Civil Veterinary Department Bengal reports 1923-33 - 1923-1933
Year: 1923
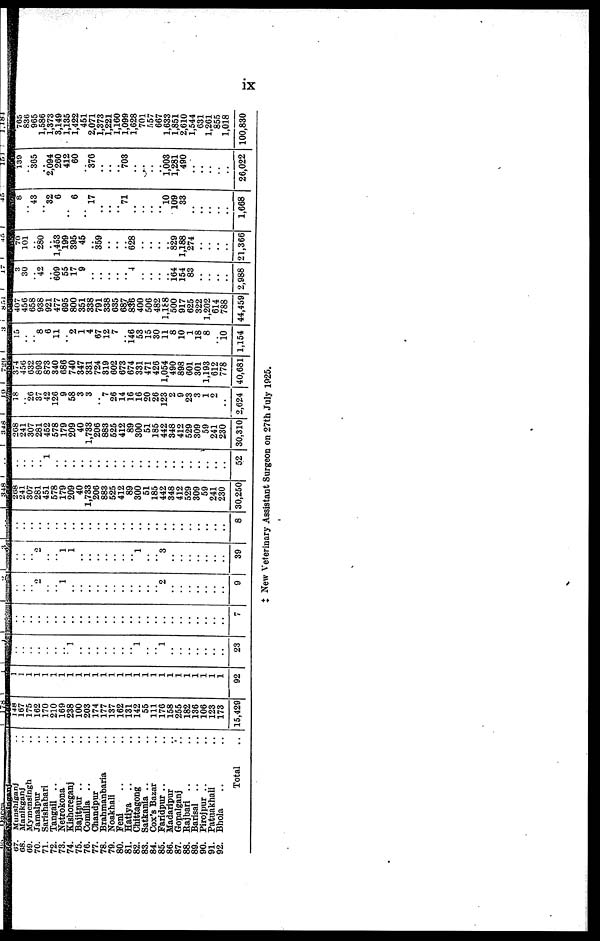
ix
67. Munshiganj ..
68. Manikganj ..
69. Mymensingh ..
70. Jamalpur ..
71. Sarishabari ..
72. Tangail .. ..
73. Netrokona ..
74. Kishoreganj ..
75. Bajitpur .. ..
76. Comilla .. ..
77. Chandpur ..
78. Brahmanbaria ..
79. Noakhali ..
80. Feni .. ..
81. Hatiya .. ..
82. Chittagong ..
83. Satkania .. ..
84. Cox's Bazar ..
85. Faridpur .. ..
86. Madaripur ..
87. Gopalganj ..
88. Rajbari .. ..
89. Barisal .. ..
90. Pirojpur .. ..
91. Patuakhali ..
92. Bhola .. ..
Total ..
148
167
175
162
170
210
169
238
100
203
174
177
137
162
131
142
55
111
176
158
255
182
136
106
123
173
15,429
1
1
1
1
1
1
1
1
1
1
1
1
1
1
1
1
1
1
1
1
1
1
1
1
1
1
92
..
..
..
..
..
..
.. 1
..
..
..
..
..
..
.. 1
..
.. 1
..
..
..
..
..
..
..
23
..
..
..
..
..
..
..
..
..
..
..
..
..
..
..
..
..
..
..
..
..
..
..
..
..
..
7
..
..
.. 2
..
.. 1
..
..
..
..
..
..
..
..
..
..
.. 2
..
..
..
..
..
..
..
9
..
..
.. 2
..
.. 1
1
..
..
..
..
..
..
.. 1
..
.. 3
..
..
..
..
..
..
..
39
..
..
..
..
..
..
..
..
..
..
..
..
..
..
..
..
..
..
..
..
..
..
..
..
..
..
8
208
241
307
281
451
578
179
209
40
1,733
206
883
525
412
89
300
51
185
442
348
412
529
309
59
241
230
30,250
..
..
..
.. 1
..
..
..
..
..
..
..
..
..
..
..
..
..
..
..
..
..
..
..
..
..
52
208
241
307
281
452
578
179
209
40
1,733
206
883
525
412
89
300
51
185
442
348
412
529
309
59
241
230
30,310
18
.. 26
37
42
126
9
58
3
3
.. 7
26
14
16
16
20
26
123
2
9
23
3
1
2
..
2,624
374
450
632
893
873
340
686
740
347
33.1
724
319
602
673
674
331
471
426
1,054
490
898
601
301
1,193
612
778
40,681
15
..
.. 8
6
11
.. 2
1
4
67
12
7
.. 146
53
15
30
11
8
10
1
18
8
.. 10
1,154
407
456
658
938
921
477
695
800
351
338
791
338
635
687
836
400
506
482
1,188
500
917
625
322
1,202
614
788
44,459
3
30
.. 42
.. 609
55
17
9
..
..
..
..
.. 4
..
..
..
.. 164
154
83
..
..
..
..
2,988
70
101
.. 280
.. 1,453
199
395
45
..
359
..
..
.. 628
..
..
..
.. 829
1,188
274
.. ..
..
..
21,366
8
.. 43
.. 32
6
..
6
.. 17
..
..
.. 71
..
..
..
.. 10
109
33
..
..
..
..
..
1,668
139
.. 365
.. 2,094
260
412
60
.. 376
..
..
.. 703
..
..
..
.. 1,003
1,281
490
..
..
..
..
..
26,022
765
836
965
1,586
1,373
3,149
1,135
1,422
451
2,071
1,373
1,221
1,160
1,099
1,628
701
557
667
1,633
1,851
2,610
1,544
631
1,261
855
1,018
100,830
‡ New Veterinary Assistant Surgeon on 27th July 1925.